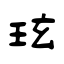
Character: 玹